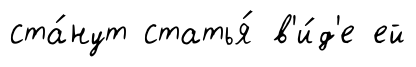
ста́нут статья́ в'и́д'е ей